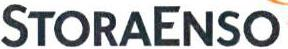
STORAENSO